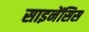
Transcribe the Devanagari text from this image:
साइनेंसिस